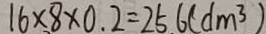
1 6 \times 8 \times 0 . 2 = 2 5 . 6 ( d m ^ { 3 } )